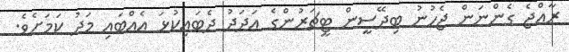
ރާއްޖެ ގެންނަން ޖެހުނު ބިދޭސީން ޓީޗަރުންގެ އަދަދު ދެބައިކުޅަ އެއްބައި މަދު ކަމަށެވެ.